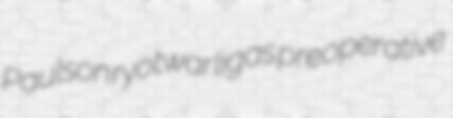
Paulson ryotwar ligas preoperative